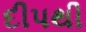
દીપથી